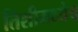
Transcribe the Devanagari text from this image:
तिशीमध्येच